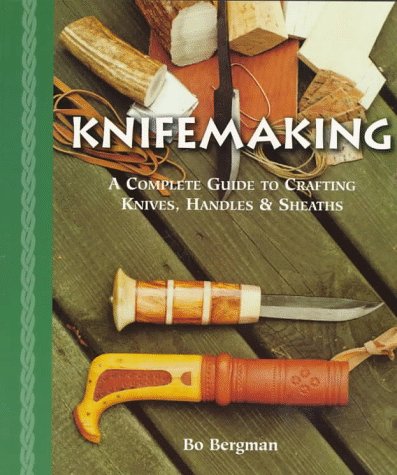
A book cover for Knifemaking: A Complete Guide to Crafting Knives, Handles & Sheaths; Bo Bergman; Crafts, Hobbies & Home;